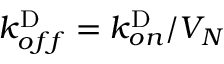
k _ { o f f } ^ { \mathrm { D } } = k _ { o n } ^ { \mathrm { D } } / V _ { N }